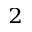
^ 2